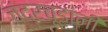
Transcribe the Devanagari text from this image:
चंद्रचूडांनी